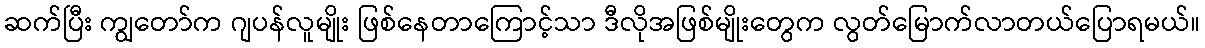
ဆက်ပြီး ကျွတော်က ဂျပန်လူမျိုး ဖြစ်နေတာကြောင့်သာ ဒီလိုအဖြစ်မျိုးတွေက လွတ်မြောက်လာတယ်ပြောရမယ်။